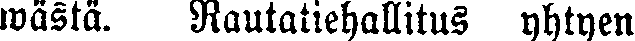
wästä. Rautatiehallitus yhtyen